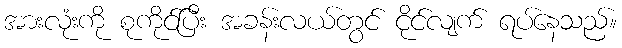
အားလုံးကို စုကိုင်ပြီး အခန်းလယ်တွင် ငိုင်လျက် ရပ်နေသည်။